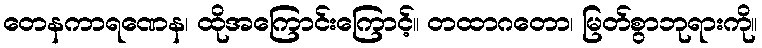
တေနကာရဏေန၊ ထိုအကြောင်းကြောင့်။ တထာဂတော၊ မြတ်စွာဘုရားကို။